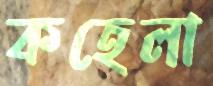
কহেলা